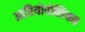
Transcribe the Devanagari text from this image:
आरियोपोलियन